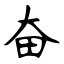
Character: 奋